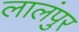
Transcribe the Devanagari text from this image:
लालंपुर